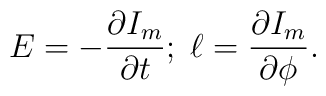
E=-\frac{\partial I_m}{\partial t};\;\ell = \frac{\partial I_m}{ \partial \phi}.